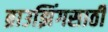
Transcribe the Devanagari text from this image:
ब्राउझिंगसाठी